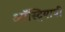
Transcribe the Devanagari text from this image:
ऑस्ट्रियायी